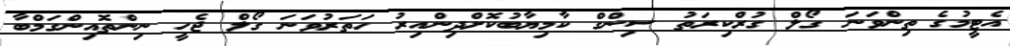
އެޓީމުގެ ތިންވަނަ ގޯލް ގުރްކިރަތު ސިންގް ކާމިޔާބުކޮށްދިންއިރު ހަތަރުވަނަ ގޯލް ޖެހީ ނިންތޮއިންގަމްބާ